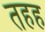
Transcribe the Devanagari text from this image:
तहह